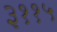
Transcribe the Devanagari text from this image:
३११५